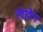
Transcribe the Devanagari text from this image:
लेह्मैन